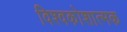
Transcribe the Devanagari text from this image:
विश्वकोशात्मक